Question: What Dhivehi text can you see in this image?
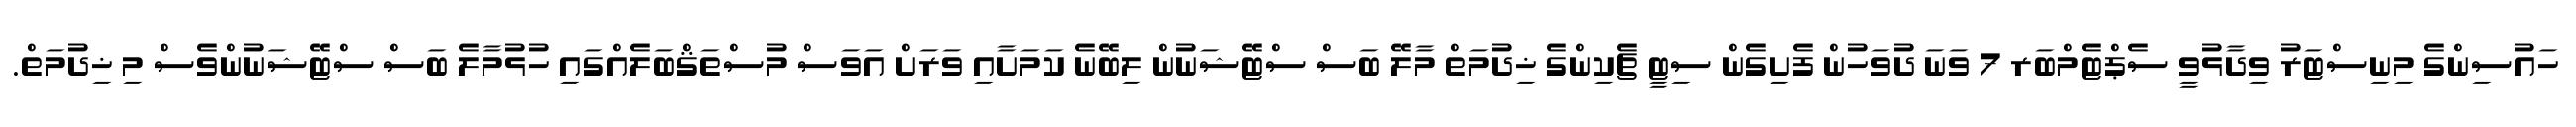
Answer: ހައުސިންގެ މިނިސްޓަރު ވިދާޅުވީ ސެޕްޓެމްބަރ 7 ވަނަ ދުވަހުން ފެށިގެން ސިޓީ ޗެކިންގެ ޚިދުމަތް މާލޭ ބަސް ސްޓޭޝަނުން ލިބޭނެ ކަމަށާއި ވަރަށް އަވަސް މުސްތަޤްބަލެއްގައި ހުޅުމާލެ ބަސް ސްޓޭޝަނުންވެސް މި ޚިދުމަތް.